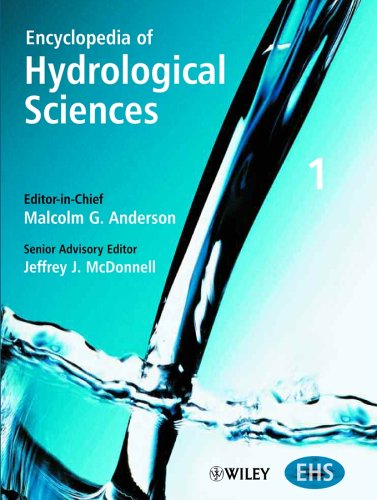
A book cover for Encyclopedia of Hydrological Sciences, 5 Volume Set; Science & Math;